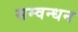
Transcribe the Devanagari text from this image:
सम्वन्धन